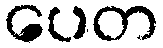
ပေတ